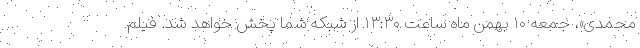
محمدی»، جمعه ۱۰ بهمن ماه ساعت ۱۳:۳۰ از شبکه شما پخش خواهد شد. فیلم